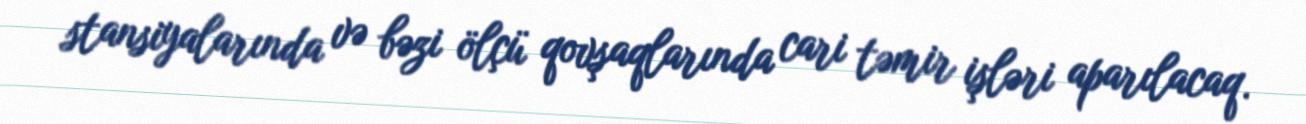
stansiyalarında və bəzi ölçü qovşaqlarında cari təmir işləri aparılacaq.